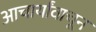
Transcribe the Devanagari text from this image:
आचार्यांवाचून